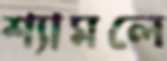
শ্যামলে